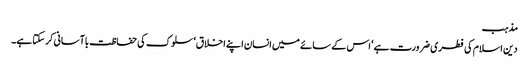
مذہب
دین اسلام کی فطری ضرورت ہے‘ اس کے سائے میں انسان اپنے اخلاق‘ سلوک کی حفاظت باآسانی کرسکتا ہے۔